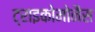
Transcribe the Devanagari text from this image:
ट्राइकोमोनैस